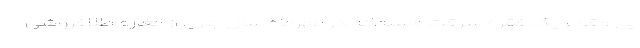
پی وقوع یک فقره سرقت مسلحانه در مهرماه سال جاری از مغازه طلافروشی